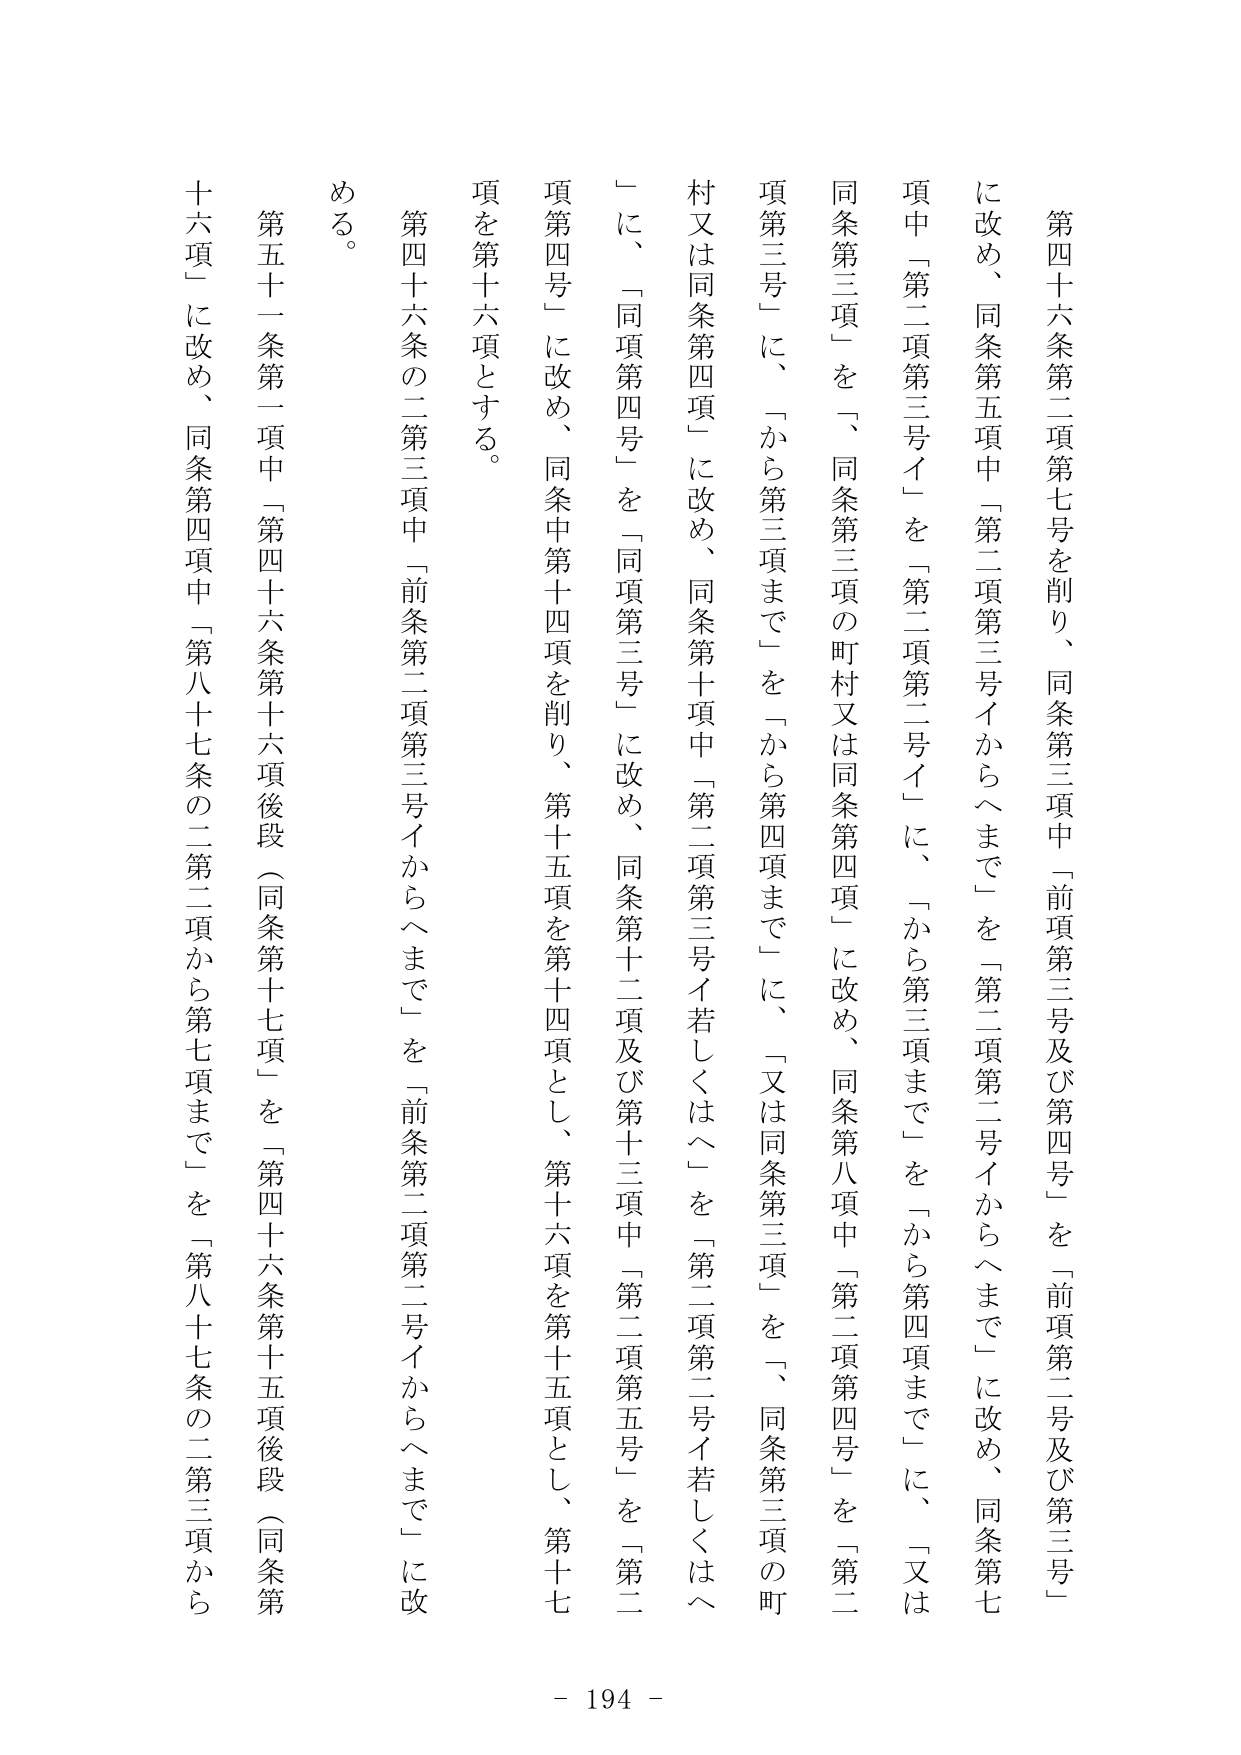
第四十六条第二項第七号を削り、同条第三項中「前項第三号及び第四号」を「前項第二号及び第三号」に改め、同条第五項中「第二項第三号イからヘまで」を「第二項第二号イからヘまで」に改め、同条第七項中「第二項第三号イ」を「第二項第二号イ」に、「から第三項まで」を「から第四項まで」に、「又は同条第三項」を「、同条第三項の町村又は同条第四項」に改め、同条第八項中「第二項第四号」を「第二項第三号」に、「から第三項まで」を「から第四項まで」に、「又は同条第三項」を「、同条第三項の町村又は同条第四項」に改め、同条第十項中「第二項第三号イ若しくはヘ」を「第二項第二号イ若しくはヘ」に、「同項第四号」を「同項第三号」に改め、同条第十二項及び第十三項中「第二項第五号」を「第二項第四号」に改め、同条中第十四項を削り、第十五項を第十四項とし、第十六項を第十五項とし、第十七項を第十六項とする。

第四十六条の二第三項中「前条第二項第三号イからヘまで」を「前条第二項第二号イからヘまで」に改める。

第五十一条第一項中「第四十六条第十六項後段（同条第十七項）」を「第四十六条第十五項後段（同条第十六項）」に改め、同条第四項中「第八十七条の二第二項から第七項まで」を「第八十七条の二第三項から

- 194 -